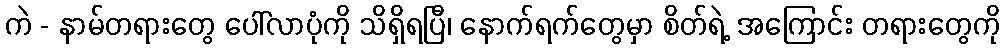
ကဲ - နာမ်တရားတွေ ပေါ်လာပုံကို သိရှိရပြီ၊ နောက်ရက်တွေမှာ စိတ်ရဲ့ အကြောင်း တရားတွေကို